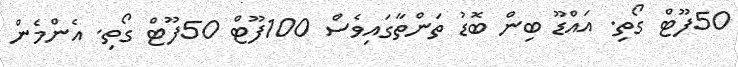
50ފޫޓް ގޯތި. އައްޑޫ ބިން ބޮޑު ތަންތާގައިވެސް 100ފޫޓް 50ފޫޓް ގޯތި. އެންމެން